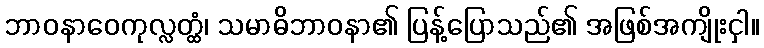
ဘာဝနာဝေကုလ္လတ္ထံ၊ သမာဓိဘာဝနာ၏ ပြန့်ပြောသည်၏ အဖြစ်အကျိုးငှါ။